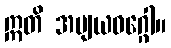
ဣတိ အဗျယဝဂ္ဂေါ။